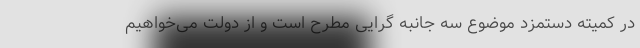
در کمیته دستمزد موضوع سه جانبه گرایی مطرح است و از دولت می‌خواهیم